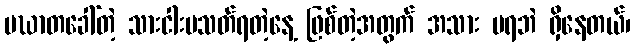
မဃာတခေါ်တဲ့ သားငါးမသတ်ရတဲ့နေ့ ဖြစ်တဲ့အတွက် အသား မရဘဲ ရှိနေတယ်၊